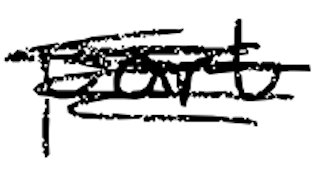
Text: part
Cross-out: scratch
Writing tool: digital_black